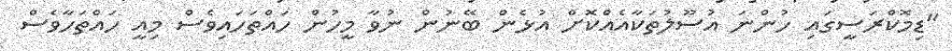
"ޑިމޮކްރަސީގައި ހުންނަ އުސޫލުތަކާއެއްކޮށް އުޅެން ބޭނުން ނުވާ މީހުން ހައްތަހައިވެސް މިއީ ހައްތަހާވެސް